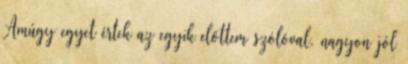
Amúgy egyet értek az egyik előttem szólóval, nagyon jól